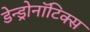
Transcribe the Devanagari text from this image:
डेन्ड्रोनॉटिक्स